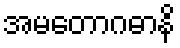
အမတောဂဓာနိ